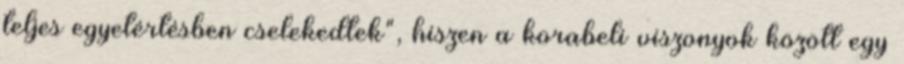
teljes egyetértésben cselekedtek", hiszen a korabeli viszonyok között egy